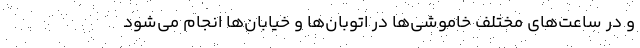
و در ساعت‌های مختلف خاموشی‌ها در اتوبان‌ها و خیابان‌ها انجام می‌شود